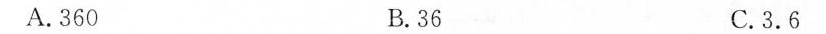
A.360 B.36 C.3.6